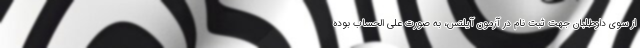
از سوی داوطلبان جهت ثبت نام در آزمون آیلتس، به صورت علی الحساب بوده